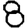
Digit: 8